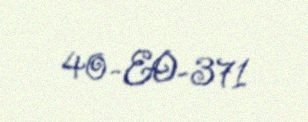
40-EO-371